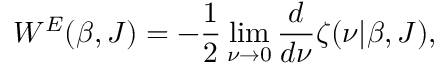
W ^ { E } ( \beta , J ) = - \frac 1 2 \operatorname * { l i m } _ { \nu \rightarrow 0 } { \frac { d } { d \nu } } \zeta ( \nu | \beta , J ) ,